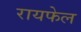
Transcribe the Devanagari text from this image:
रायफेल